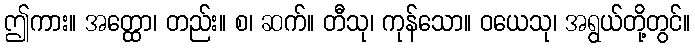
ဤကား။ အတ္ထော၊ တည်း။ စ၊ ဆက်။ တီသု၊ ကုန်သော။ ဝယေသု၊ အရွယ်တို့တွင်။